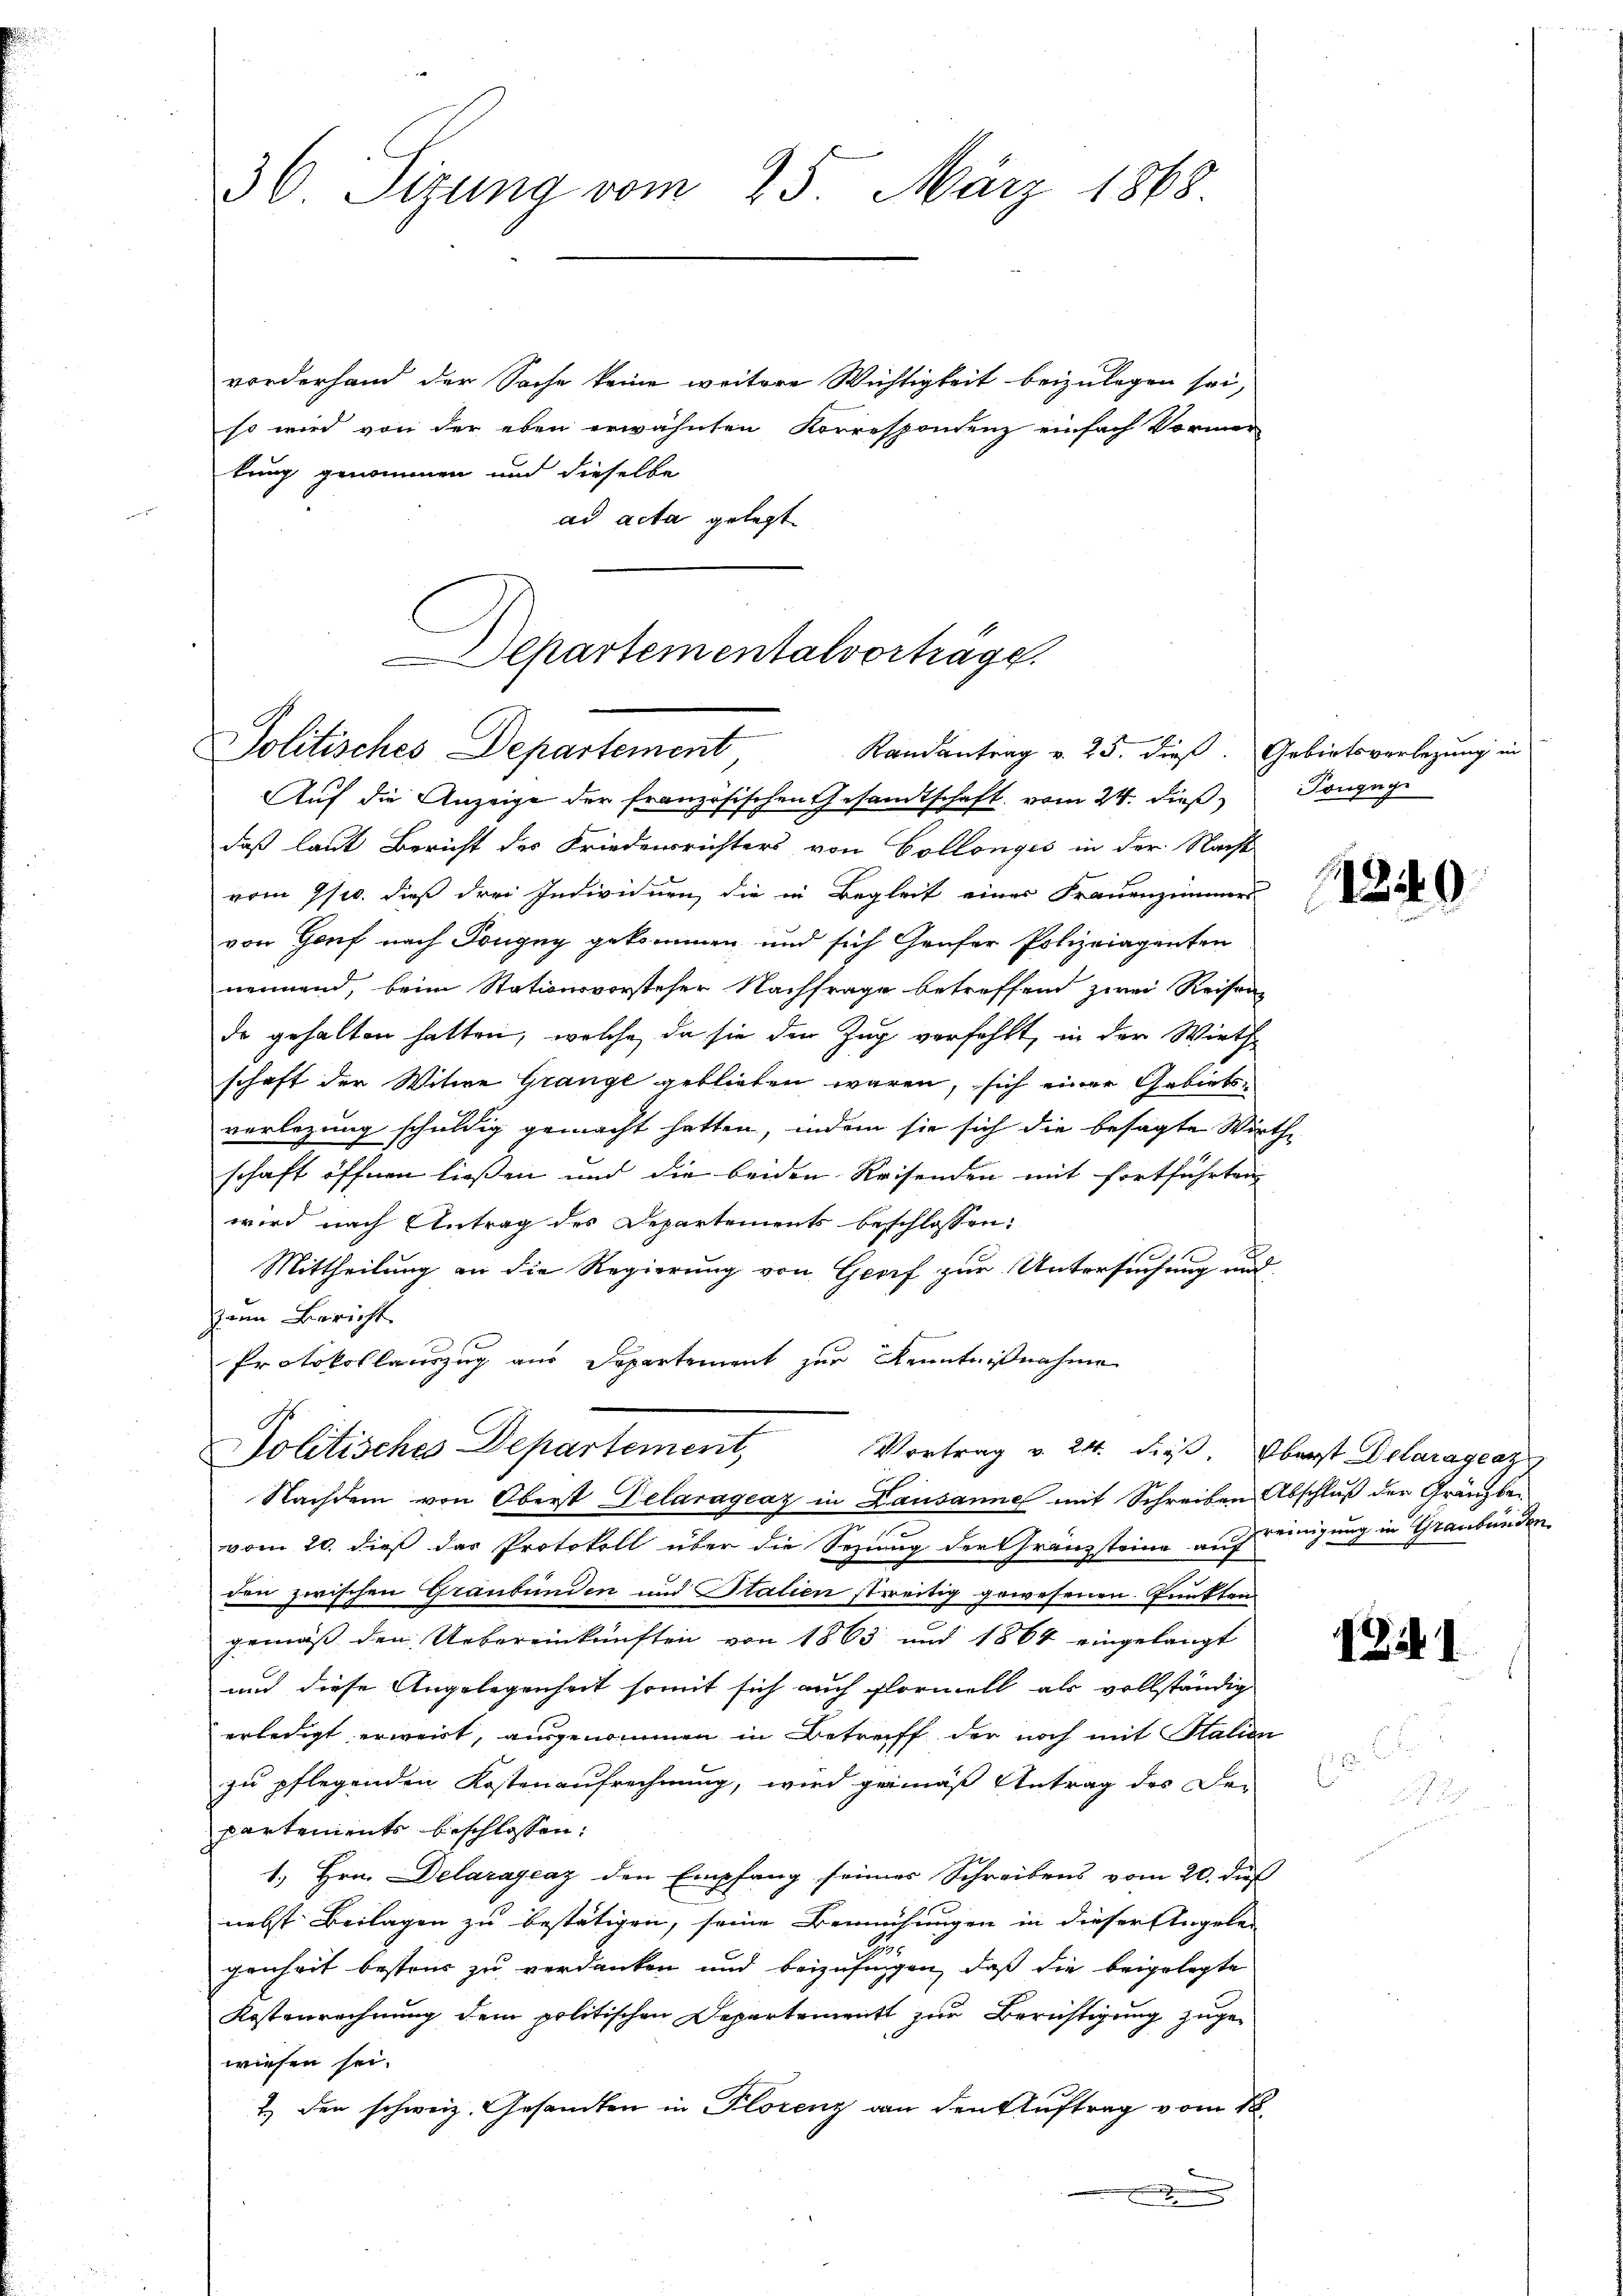
36. Sizung vom 25. März 1868.

vorderhand der Sache keine weitere Wichtigkeit beizulegen sei,
so wird von der eben erwähnten Korrespondenz einfach Vormer
tung genommen und dieselbe
ad acta gelegt

Departementalverträge.
Politisches Departement
Randantrag v. 25. dieß. Gebietsverbeizung in

Auf die Anzeige der französischen Gesandtschaft vom 24. dieß Tongege
daß laut Bericht des Friedensrichters von Collongis in der Nacht
vom 9/10. dieß drei Individuen, die in Begleit einer Frauenzimmers
von Gouf nach Dongug gekommen, und sich Genfer Polizeiagenten
nennend, beim Stationsvorsteher Nachfrage betreffend zwei Reisen
de gehalten hatten, welche da sie den Zug verfehlt, in der Wirth
schaft der Witwe Grange geblieben wären, sich einer Gebietsverlegung schuldig gemacht hatten, indem sie sich die besagte Wirthe
schaft öffnen ließen und die beiden Reisenden mit fortführten
wird nach Antrag des Departements beschlossen:
Mittheilung an die Regierung von Genf zur Untersuchung und
zum Bericht
Protokollauszug aus Departement zur Kenntnißnahme
Nachdem von Oberst Delaragraz in Lausanne mit Schreiben Abschluß der Gränzbe-
vom 20. dieß das Protokoll über die Sezung der Granzsteine auf reinigung in Graubünden
den zwischen Graubünden und Italien streitig gewesenen Punkten
gemäß den Uebereinkünften von 1863 und 1864 eingelangt
and diese Angelegenheit somit sich auch formell als vollständig
erledigt erweit, ausgenommen in Betreff der noch mit Stalien
zu pflegenden Kostenaufrechnung, wird gemäß Antrag des De-
partements beschlossen:
1.) Hrn. Delarayeaz den Empfang seines Schreibens vom 20. dieß
nebst Beilagen zu bestätigen, seine Bemühungen in dieser Angelen
genheit bestens zu verdanken und beizufingen, daß die beigelegte
Kostenrechnung dem politischen Departement zur Berichtigung zugewiesen sei.
1) den schweiz. Gesandten in Florenz an den Auftrag vom 18.
e

Politisches Departement, Vortrag v. 24. dieβ. Oberst Delaragraz

11240

2